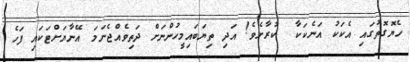
ހެޔޮގޮތުގައި އެކަކު އަނެކަކާ  ކުރާށެވެ! އަދި ތިޔަބައިމީހުންނަށް ދަތިވެއްޖެނަމަ އޭނާޔަށްޓަކައި ފަހެ